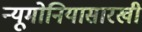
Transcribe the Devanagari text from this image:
न्यूमोनियासारखी